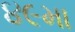
૪૯મા